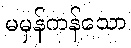
မမှန်ကန်သော